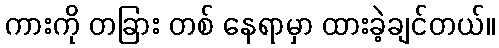
ကားကို တခြား တစ် နေရာမှာ ထားခဲ့ချင်တယ်။